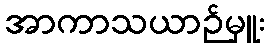
အာကာသယာဉ်မှူး